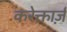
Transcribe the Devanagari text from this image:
करेक्तार्ज़